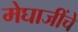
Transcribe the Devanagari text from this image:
मेघाजींचे